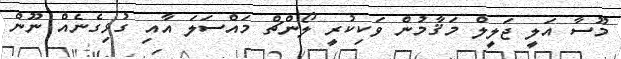
މޫސާ އަލީ ޖަލީލް މަޤާމުން ވަކިކުރީ ލޯންޗް މައްސަލަ އާއި ގުޅިގެނެއް ނޫން